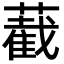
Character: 䕙